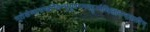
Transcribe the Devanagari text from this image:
भूतेशेष्वासखण्डिन्भृगुवरमदहृन्मैथिलानन्दकारिन्